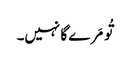
تُو مَرے گا نہیں۔